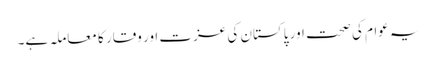
یہ عوام کی صحت اور پاکستان کی عزت اور وقار کا معاملہ ہے۔